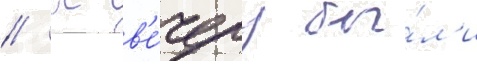
// К в'е́черу бы́л'и